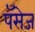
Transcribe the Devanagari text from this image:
पॅसेज